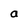
Character: a